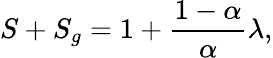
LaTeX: S+S_{g}=1+\frac{1-\alpha}{\alpha}\lambda,